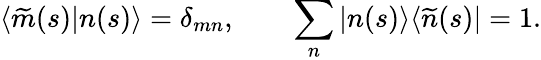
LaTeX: \langle\widetilde{m}(s)|n(s)\rangle=\delta_{mn},\qquad\sum_{n}|n(s)\rangle\langle\widetilde{n}(s)|=1.